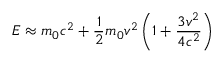
E \approx m _ { 0 } c ^ { 2 } + { \frac { 1 } { 2 } } m _ { 0 } v ^ { 2 } \left( 1 + { \frac { 3 v ^ { 2 } } { 4 c ^ { 2 } } } \right)